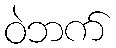
ဝဲဘက်